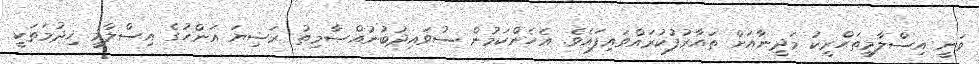
ވަނީ އިސްލާމީތަޙްރީކު މަދީނާއަށް ތައާރުފުކުރައްވައިފައެވެ. އެހެންކަމުން ސުވައިދުބުނުއްޞާމިތު ރަޟިޔަ އަންހުގެ އިސްލާމީ ޚިދުމަތަކީ